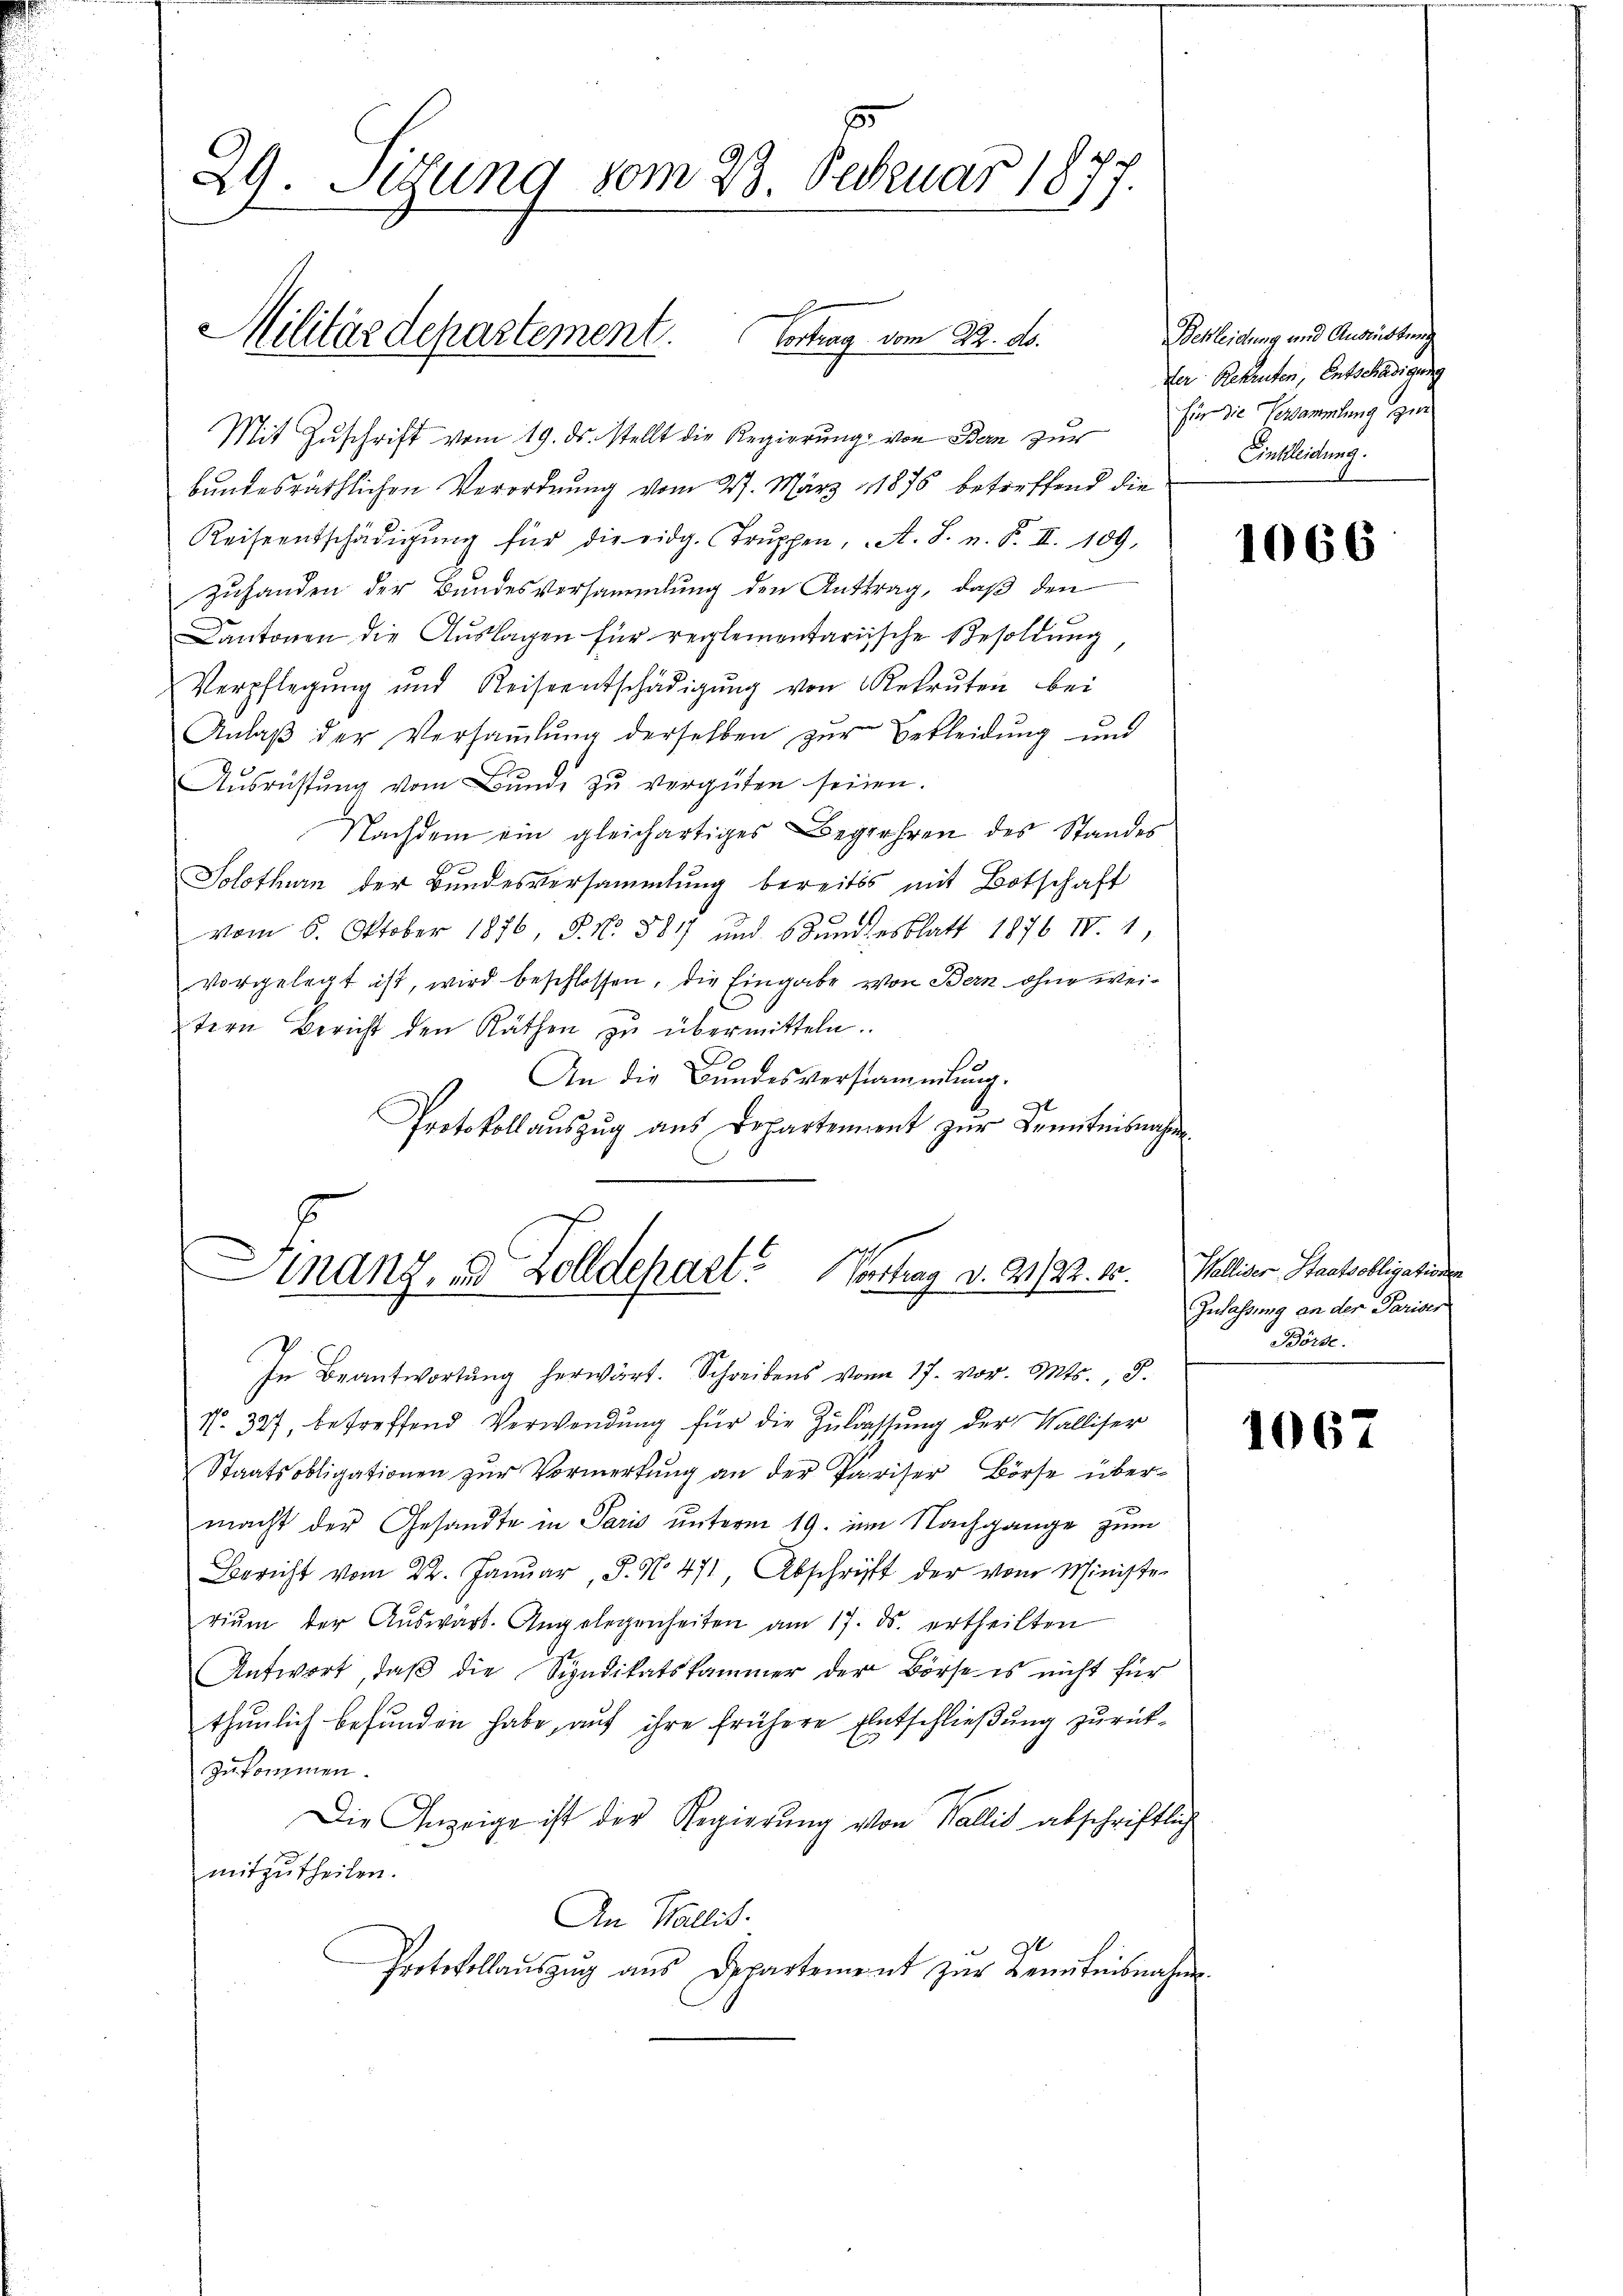
29. Sitzung vom 23. Februar 1877.

Militärdepartement. Vortrag vom 22. ds.

Mit Zŭschrift vom 19. ds. stellt die Regierung von Bern zur
bundesräthlichen Verordnung vom 27. März 1876 betreffend die
Keiseentschädigŭng für die eidg. Trŭppen, A. S. n. F. II. 109.
Zuhanden der Bundesversammlung den Antrag, daß den
Cantonen die Auslagen für reglementarische Besoldung
Verpflegung und Reiseentschädigŭng von Rekruten bei
Anlaß der Versammlung derselben zur Bekleidung und
Ausrüstung vom Bunde zu vergüten seinen.
Nachdem ein gleichartiges Begrühren des Standes
e
Solothurn der Bundesversammlung bereits mit Botschaft
vom 6. Oktober 1816, S. Nr. 881 und Bundesblatt 1876 IV. 1,
vorgelegt ist, wird beschlossen, die Eingabe von Bern ohne weixtern Bericht den Räthen zŭ übermitteln.
An die Bundesversammlung.
Protokollaŭszŭg aŭs Departement zŭr Kenntnisnahme

manz, u. Zolldepart? Vortrag d. 21/22. 18.

In Beantwortung herwärt. Schreibens vom 17. vor. Mts. 8.
No. 327, betreffend Verwendung für die Zulassung der Walliser
Staatsobligationen zŭr Vormerkŭng an der Pariser Börse über-
macht der Gesandte in Paris unterm 19. im Nachgange zum
Bericht vom 22. Januar, P. No. 471 Abschrift der vom Ministe-
riŭm der Aŭswart. Angelegenheiten am 17. ds. ertheilten
Antwort, daβ die Syndikatskammer der Börse es nicht für
thunlich befunden habe, auf ihre frühere Entschließung zurückzukommen.
Die Anzeige ist der Regierung von Wallis abschriftlich
mitzutheilen.
An Wallis.
Protokollaŭszŭg aŭs Departement zŭr Kenntnisnahm.

Bekleidung und Ausrüstung
er Rekruten, Entschädigung
für die Versammlung zur
Einkleidung.

1066

Walliser Staatsobligationen
Zulassung an der Pariser
Börse.

1067